Language: tamil
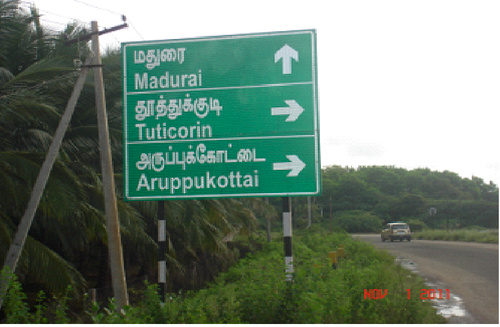
Transcription: அருப்புக்கோட்டை மதுரை தூத்துக்குடி